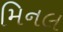
મિનલ